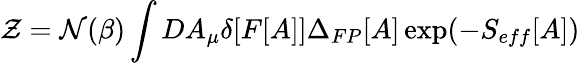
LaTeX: {\cal Z}={\cal N}(\beta)\int DA_{\mu}\delta[F[A]]\Delta_{FP}[A]\exp(-S_{eff}[A])